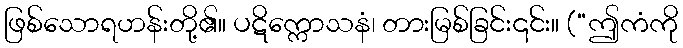
ဖြစ်သောရဟန်းတို့၏။ ပဋိက္ကောသနံ၊ တားမြစ်ခြင်း၎င်း။ (“ဤကံကို